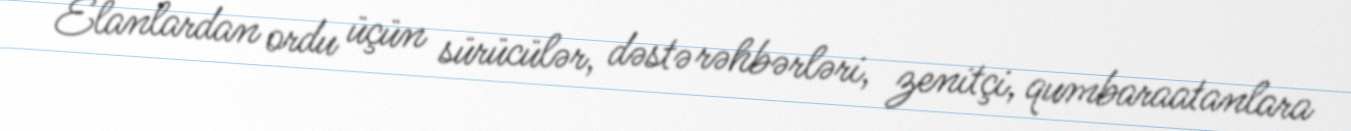
Elanlardan ordu üçün sürücülər, dəstə rəhbərləri, zenitçi, qumbaraatanlara